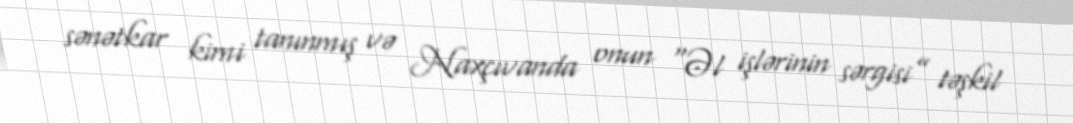
sənətkar kimi tanınmış və Naxçıvanda onun “Əl işlərinin sərgisi” təşkil